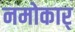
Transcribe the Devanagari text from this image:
नमोकार्